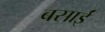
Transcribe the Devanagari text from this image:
बसाईं